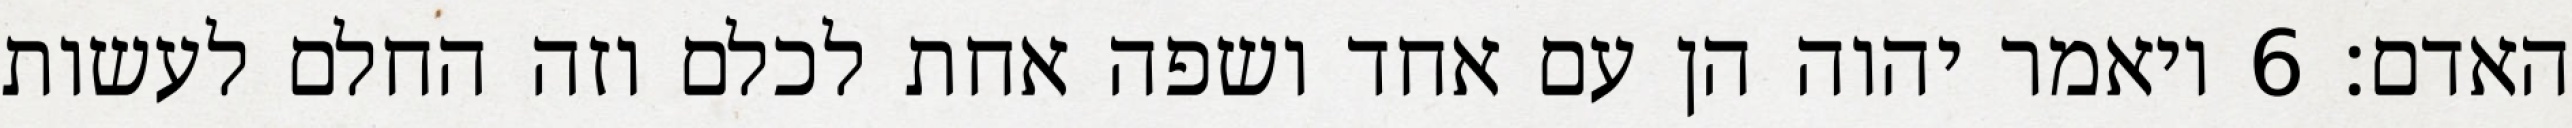
האדם׃ ‎6‏ ויאמר יהוה הן עם אחד ושפה אחת לכלם וזה החלם לעשות